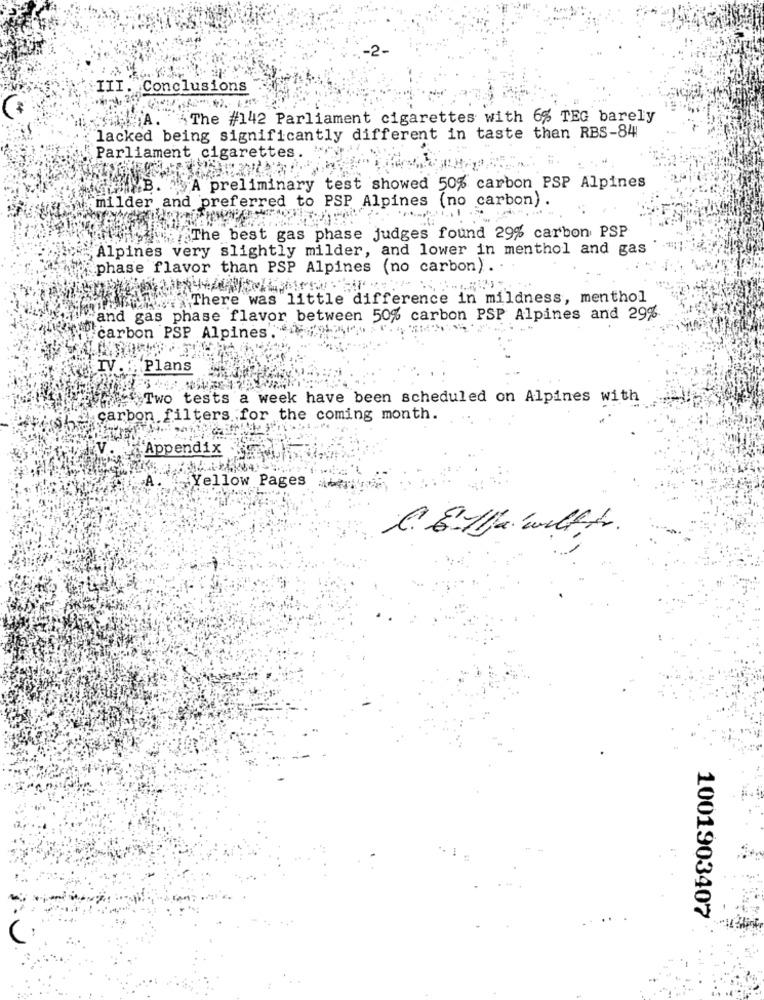
-2.
III. Conclusions
A
The #142 Parliament cigarettes with 6% TEG barely
lacked being significantly different in taste than RBS-84
Parliament cigarettes.
B.
A preliminary test showed 50% carbon PSP Alpines
amilder and preferred to PSP Alpines (no carbon) .
The best gas phase judges found 29% carbon PSP
Alpines very slightly milder, and lower in menthol and gas
phase flavor than PSP Alpines (no carbon) .
www: "There was little difference in mildness, menthol
and gas phase flavor between 50% carbon PSP Alpines and 29%.
carbon PSP Alpines.
IV ... Plans
Two tests a week have been scheduled on Alpines with
carbon filters for the coming month.
:- Appendix
Yellow Pages
1001903407